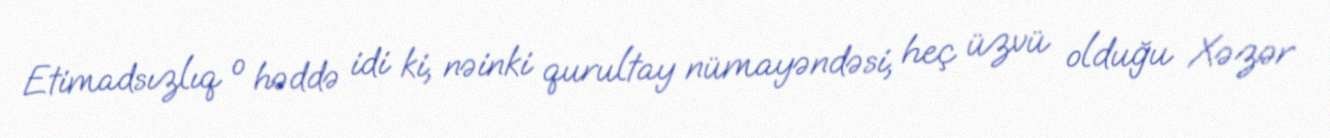
Etimadsızlıq o həddə idi ki, nəinki qurultay nümayəndəsi, heç üzvü olduğu Xəzər